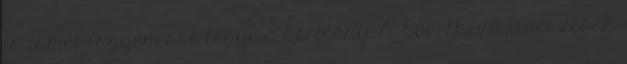
is ismét ingyenessé tegye a kormány. A következő fideszesek